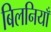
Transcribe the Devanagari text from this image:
बिलनियाँ